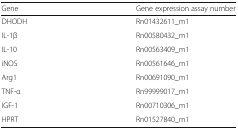
<table><thead><tr><td><b>Gene</b></td><td><b>Gene expression assay number</b></td></tr></thead><tbody><tr><td>DHODH</td><td>Rn01432611_m1</td></tr><tr><td>IL-1β</td><td>Rn00580432_m1</td></tr><tr><td>IL-10</td><td>Rn00563409_m1</td></tr><tr><td>iNOS</td><td>Rn00561646_m1</td></tr><tr><td>Arg1</td><td>Rn00691090_m1</td></tr><tr><td>TNF-α</td><td>Rn99999017_m1</td></tr><tr><td>IGF-1</td><td>Rn00710306_m1</td></tr><tr><td>HPRT</td><td>Rn01527840_m1</td></tr></tbody></table>